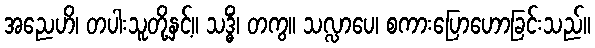
အညေဟိ၊ တပါးသူတို့နှင့်။ သဒ္ဓိံ၊ တကွ။ သလ္လာပေ၊ စကားပြောဟောခြင်းသည်။